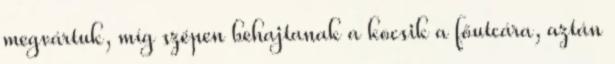
megvártuk, míg szépen behajtanak a kocsik a főutcára, aztán